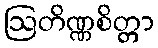
ဩတိဏ္ဏစိတ္တာ